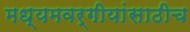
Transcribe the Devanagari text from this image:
मध्यमवर्गीयांसाठीच